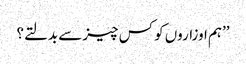
’’ہم اوزاروں کو کس چیز سے بدلتے؟